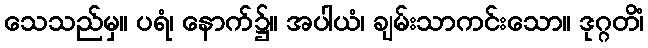
သေသည်မှ။ ပရံ၊ နောက်၌။ အပါယံ၊ ချမ်းသာကင်းသော။ ဒုဂ္ဂတိံ၊